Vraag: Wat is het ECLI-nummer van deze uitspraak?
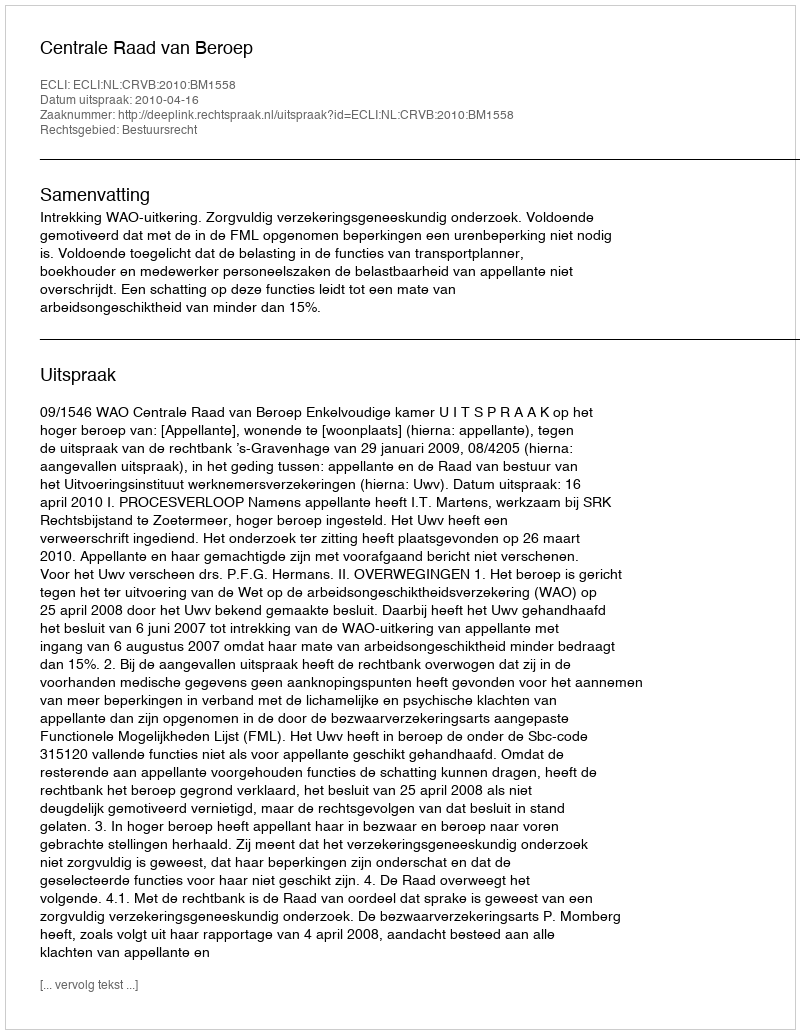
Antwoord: ECLI:NL:CRVB:2010:BM1558